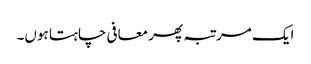
ایک مرتبہ پھر معافی چاہتا ہوں۔